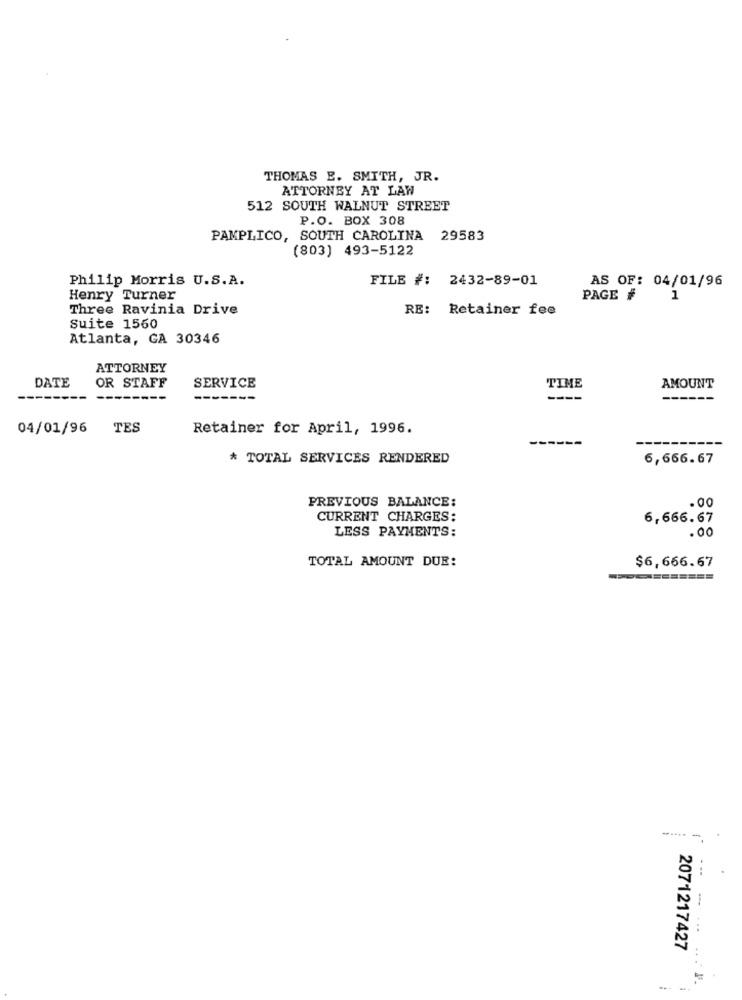
THOMAS E. SMITH, JR.
ATTORNEY AT LAW
512 SOUTH WALNUT STREET
P.O. BOX 308
PAMPLICO, SOUTH CAROLINA 29583
(803) 493-5122
Philip Morris U.S.A.
FILE #: 2432-89-01
AS OF: 04/01/96
Henry Turner
PAGE #
1
Three Ravinia Drive
RE:
Retainer fee
Suite 1560
Atlanta, GA 30346
ATTORNEY
TIME
DATE
OR STAFF
SERVICE
AMOUNT
--------
-------
----
---
04/01/96
TES
Retainer for April, 1996.
--
* TOTAL SERVICES RENDERED
6,666.67
PREVIOUS BALANCE:
.00
CURRENT CHARGES:
6,666.67
LESS PAYMENTS:
.00
TOTAL AMOUNT DUE:
$6,666.67
------
2071217427